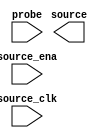

module unnamed (
	source,
	source_ena,
	probe,
	source_clk);	

	output	[0:0]	source;
	input		source_ena;
	input	[0:0]	probe;
	input		source_clk;
endmodule